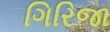
ગિરિજા